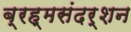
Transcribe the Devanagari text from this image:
ब्रह्मसंदर्शन